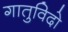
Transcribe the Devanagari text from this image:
गातुविदो